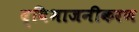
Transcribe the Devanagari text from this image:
द्विभाजनीकरण